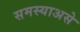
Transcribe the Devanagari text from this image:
समस्याअसे